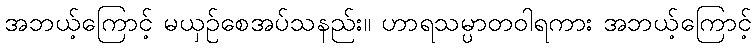
အဘယ့်ကြောင့် မယှဉ်စေအပ်သနည်း။ ဟာရသမ္ပာတဝါရကား အဘယ့်ကြောင့်